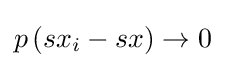
p\left(sx_{i}-sx\right)\to 0